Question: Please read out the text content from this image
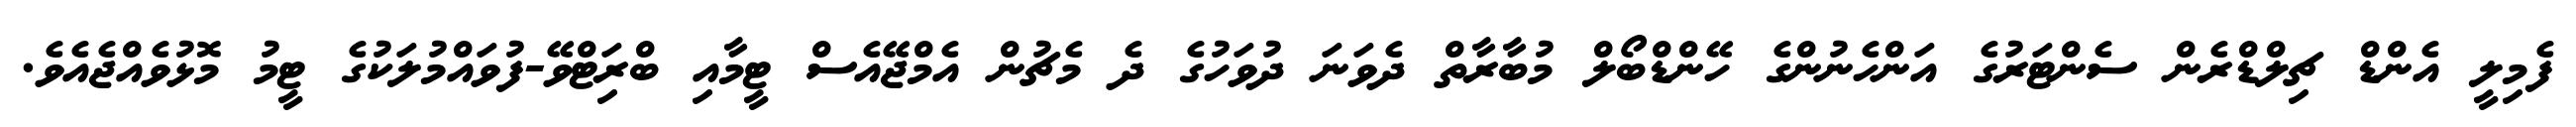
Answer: ފެމިލީ އެންޑް ޗިލްޑްރެން ސެންޓަރުގެ އަންހެނުންގެ ހޭންޑްބޯލް މުބާރާތް ދެވަނަ ދުވަހުގެ ދެ މެޗުން އެމްޖޭއެސް ޓީމާއި ބްރަިޓްވޭ-ފުވައްމުލަކުގެ ޓީމު މޮޅުވެއްޖެއެވެ.